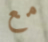
مع